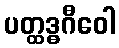
ပတ္ထဒ္ဓဂီဝေါ